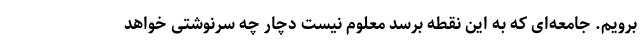
برویم. جامعه‌ای که به این نقطه برسد معلوم نیست دچار چه سرنوشتی خواهد